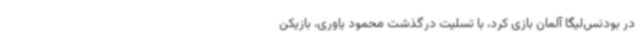
در بودنس‌لیگا آلمان بازی کرد، با تسلیت درگذشت محمود یاوری، بازیکن